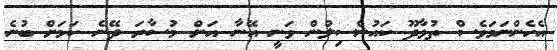
އެހެންނަމަވެސް ތުޅާދޫ ކައުންސިލުން ވަނީ އޭނާ އަށް މުސާރަ ދޭނެ ކަމަށް ބުނެ